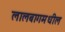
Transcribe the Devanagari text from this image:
लालबागमधील